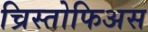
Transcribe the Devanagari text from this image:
च्रिस्तोफिअस